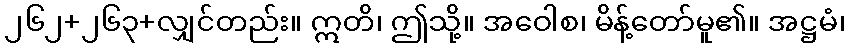
၂၆၂+၂၆၃+လျှင်တည်း။ ဣတိ၊ ဤသို့။ အဝေါစ၊ မိန့်တော်မူ၏။ အဋ္ဌမံ၊